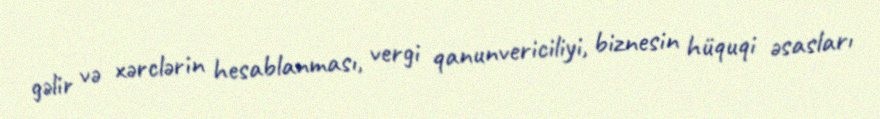
gəlir və xərclərin hesablanması, vergi qanunvericiliyi, biznesin hüquqi əsasları